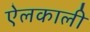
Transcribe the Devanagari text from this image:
ऐलकाली